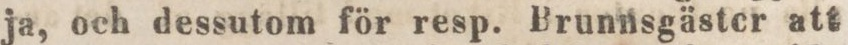
ja, och dessutom för resp. Brunnsgäster att